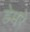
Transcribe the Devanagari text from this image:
डेमरे